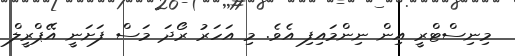
މިނިސްޓްރީ އިން ނިންމައިފި އެވެ. މި އަހަރު ރޯދަ މަސް ފަށަނީ އޭޕްރީލް